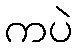
ကပဲ